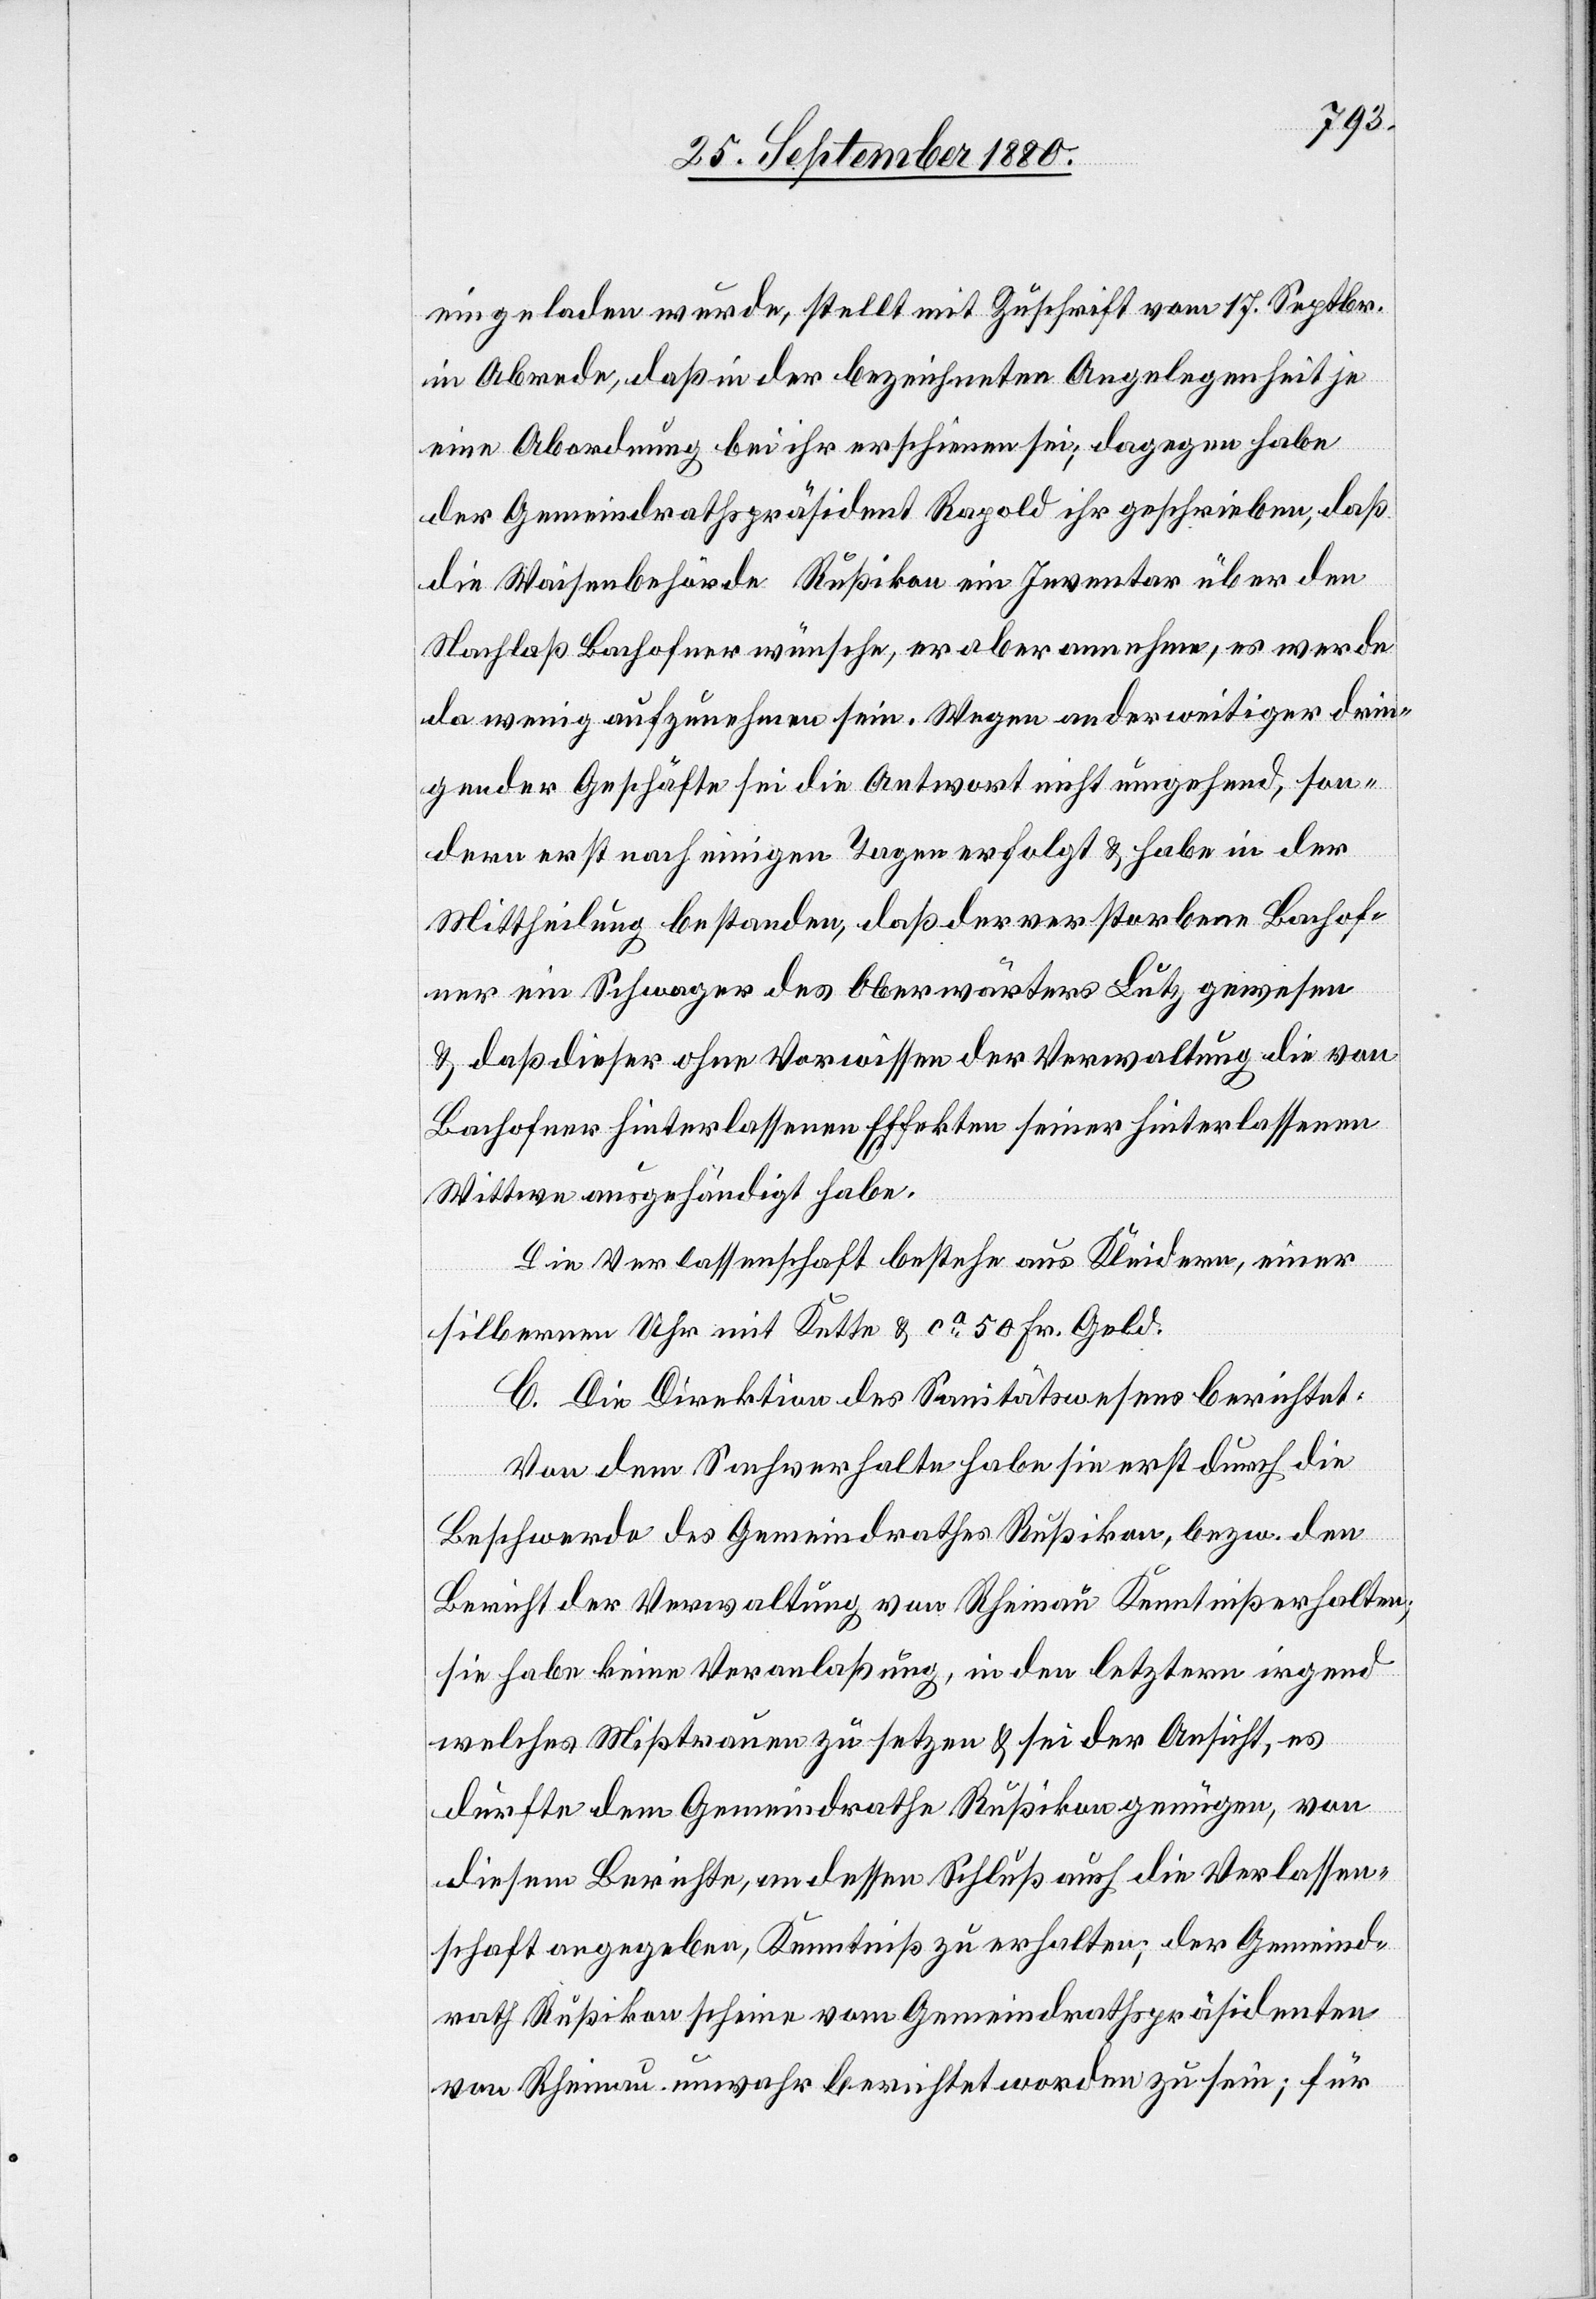
eingeladen wurde, stellt mit Zuschrift vom 17. Septbr.
in Abrede, daß in der bezeichneten Angelegenheit je
eine Abordnung bei ihr erschienen sei, dagegen habe
der Gemeindrathspräsident Rapold ihr geschrieben, daß
die Waisenbehörde Rußikon ein Inventar über den
Nachlaß Bachofner wünsche, er aber annehme, es werde
da wenig aufzunehmen sein. Wegen anderweitiger din¬
gender Geschäfte sei die Antwort nicht umgehend, son¬
dern erst nach einigen Tagen erfolgt & habe in der
Mittheilung bestanden, daß der verstobene Bachof¬
ner ein Schwager des Oberwärters Lutz gewesen
& daß dieser ohne Vorwissen der Verwaltung die von
Bachofner hinterlassenen Effekte seiner hinterlassenen
Wittwe ausgehändigt habe.
Die Verlassenschaft bestehe aus Kleidern, einer
silbernen Uhr mit Kette & ca 50 Fr. Geld.
C. Die Direktion des Sanitätswesens berichtet:
Von dem Sachverhalte habe sie erst durch die
Beschwerde des Gemeindrathes Rußikon, bezw. den
Bericht der Verwaltung von Rheinau Kenntniß erhalten;
sie habe keine Veranlaßung, in den letztern irgend
welches Mißtrauen zu setzen & sei der Ansicht, es
dürfte dem Gemeindrathe Rußikon genügen, von
diesem Berichte, an dessen Schluß auch die Verlassen¬
schaft angegeben, Kenntniß zu erhalten, der Gemeind¬
rath Rußikon scheine vom Gemeindrathspräsidenten
von Rheinau unwahr berichtet worden zu sein, für